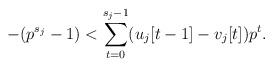
\begin{align*}-(p^{s_{j}}-1)<\sum_{t=0}^{s_{j}-1}(u_{j}[t-1]-v_{j}[t])p^{t}.\end{align*}